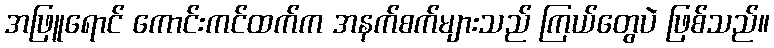
အဖြူရောင် ကောင်းကင်ထက်က အနက်စက်များသည် ကြယ်တွေပဲ ဖြစ်သည်။